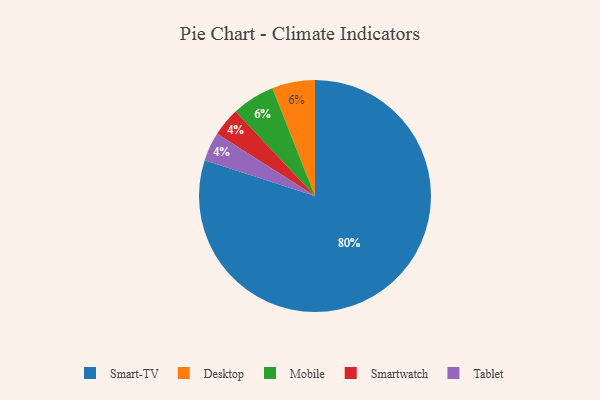
{"axis": {"x": "Category", "y": "Percentage"}, "legend": ["Desktop", "Mobile", "Smart-TV", "Smartwatch", "Tablet"], "data": [{"x": "Desktop", "y": 6, "type": "Desktop"}, {"x": "Smartwatch", "y": 4, "type": "Smartwatch"}, {"x": "Mobile", "y": 6, "type": "Mobile"}, {"x": "Tablet", "y": 4, "type": "Tablet"}, {"x": "Smart-TV", "y": 80, "type": "Smart-TV"}]}